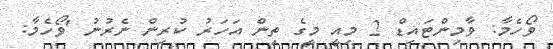
ވޯހެމާ: ވާމިންޓައިޑް 2 މިއީ މީގެ ތިން އަހަރު ކުރިން ނެރުނު 'ވޯހެމާ: